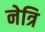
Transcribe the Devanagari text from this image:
नेत्रि